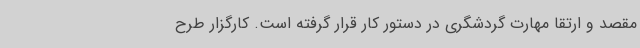
مقصد و ارتقا مهارت گردشگری در دستور کار قرار گرفته است. کارگزار طرح